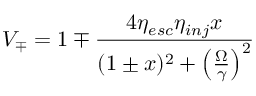
V _ { \mp } = 1 \mp \frac { 4 \eta _ { e s c } \eta _ { i n j } x } { ( 1 \pm x ) ^ { 2 } + \left( \frac { \Omega } { \gamma } \right) ^ { 2 } }